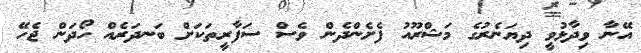
އޭނާ ވިދާޅުވީ ދިޔަނެރުގެ މަޝްރޫއު ފެށެންދެން ވެސް ސަފާރީތަކަށް ބަނދަރެއް ހޯދަން ޖެހޭ